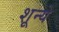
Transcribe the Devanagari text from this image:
शून्ये